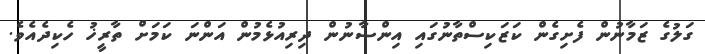
ގަލުގެ ޒަމާނުން ފެށިގެން ކަޒަކިސްތާނުގައި އިންސާނުން ދިރިއުޅެމުން އަންނަ ކަމަށް ތާރީޚު ހެކިދެއެވެ.